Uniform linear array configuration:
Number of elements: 32
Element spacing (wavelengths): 0.75
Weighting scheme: blackman
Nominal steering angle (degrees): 15
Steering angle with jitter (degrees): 14.033
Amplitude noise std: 0.05
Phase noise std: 0.05

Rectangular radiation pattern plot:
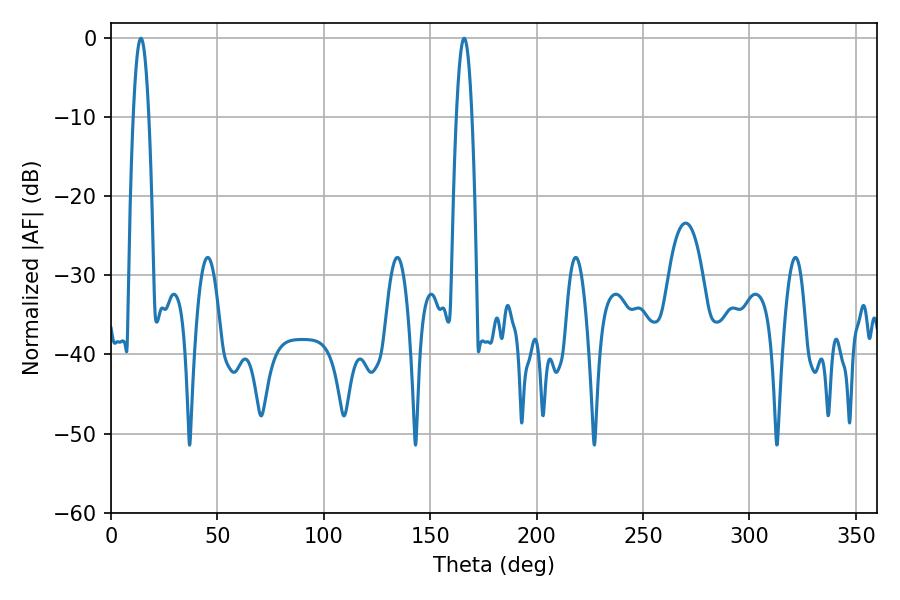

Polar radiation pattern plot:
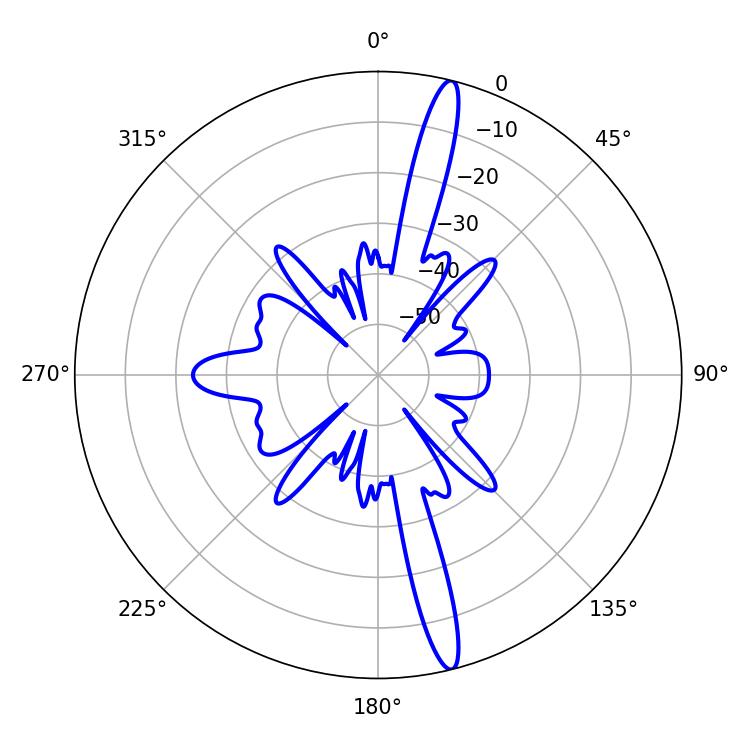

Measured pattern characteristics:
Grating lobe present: TRUE
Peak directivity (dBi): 17.444
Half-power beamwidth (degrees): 3.96
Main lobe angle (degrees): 14.04